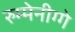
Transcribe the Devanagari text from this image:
रुम्मेनीग्गे